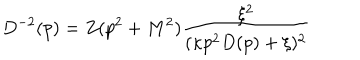
D ^ { - 2 } ( p ) = Z ( p ^ { 2 } + M ^ { 2 } ) \frac { \xi ^ { 2 } } { ( \kappa p ^ { 2 } D ( p ) + \xi ) ^ { 2 } }